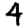
Digit: 4